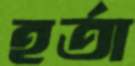
হর্তা